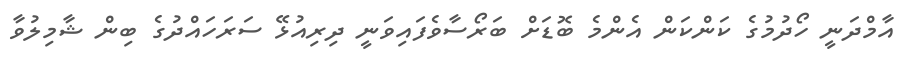
އާމްދަނީ ހޯދުމުގެ ކަންކަން އެންމެ ބޮޑަށް ބަރޯސާވެފައިވަނީ ދިރިއުޅޭ ސަރަހައްދުގެ ބިން ޝާމިލުވާ